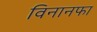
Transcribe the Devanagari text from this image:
विनानफा